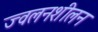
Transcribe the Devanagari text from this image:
ज्वलनशीलन